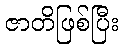
ဇာတိဖြစ်ပြီး